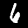
Label: 6